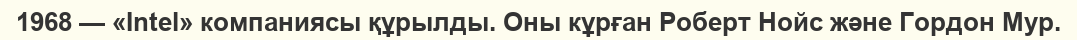
1968 — «Intel» компаниясы құрылды. Оны кұрған Роберт Нойс және Гордон Мур.